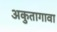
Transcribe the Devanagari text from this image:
अकुतागावा